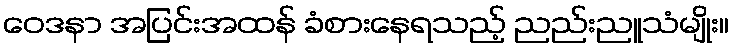
ဝေဒနာ အပြင်းအထန် ခံစားနေရသည့် ညည်းညူသံမျိုး။